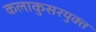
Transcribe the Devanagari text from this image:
कलाकुसरयुक्त